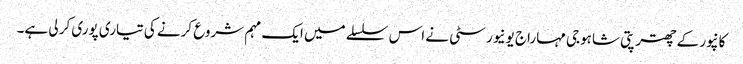
کانپور کے چھترپتی شاہوجی مہاراج یونیورسٹی نے اس سلسلے میں ایک مہم شروع کرنے کی تیاری پوری کر لی ہے۔